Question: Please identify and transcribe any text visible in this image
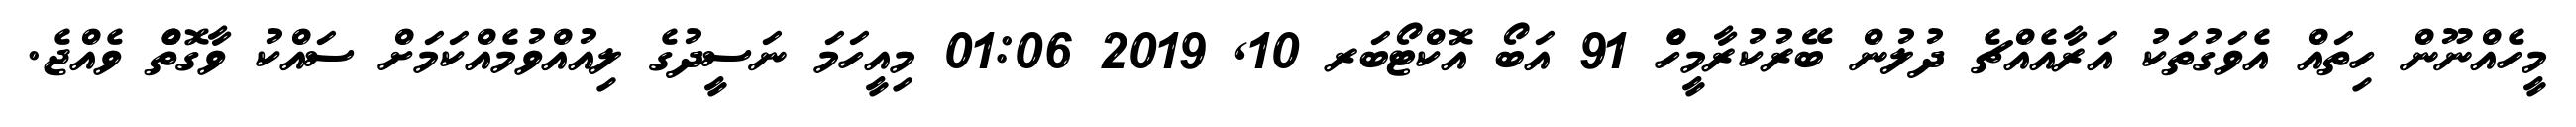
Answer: މީހެއްނޫން ހިތައް އެވަގުތަކު އަރާއެއްޗެ ދުލުން ބޭރުކުރާމީހެް 91 އަބޯ އޮކްޓޯބަރ 10, 2019 01:06 މިއީހަމަ ނަސީދުގެ ލިއުއްވުމެއްކަމަށް ސައްކު ވާގޮތެް ވެއްޖެ.